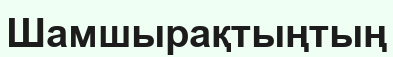
Шамшырақтыңтың